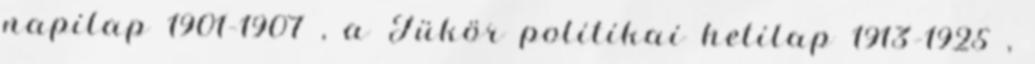
napilap 1901–1907 , a Tükör politikai hetilap 1913–1925 ,